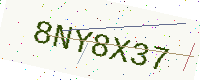
Text: 8NY8X37